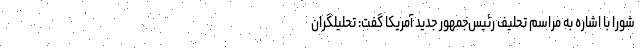
شورا با اشاره به مراسم تحلیف رئیس‌جمهور جدید آمریکا گفت: تحلیلگران